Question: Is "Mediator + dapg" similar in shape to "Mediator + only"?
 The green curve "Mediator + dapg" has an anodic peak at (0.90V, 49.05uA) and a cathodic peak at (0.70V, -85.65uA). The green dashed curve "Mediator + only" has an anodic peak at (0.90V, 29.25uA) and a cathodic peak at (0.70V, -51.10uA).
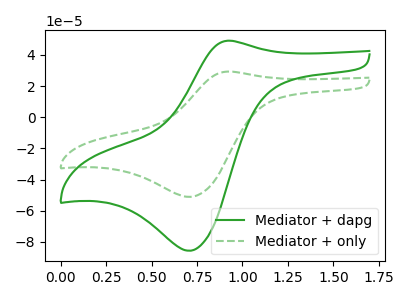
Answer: <think>All the peaks in "Mediator + dapg" have a peak in "Mediator + only" at the same potential. Every peak in "Mediator + dapg" is higher than every peak in "Mediator + only".
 </think>
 <answer>"Mediator + dapg" and "Mediator + only" are similar in shape.</answer>
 <eval>same_shape</eval>